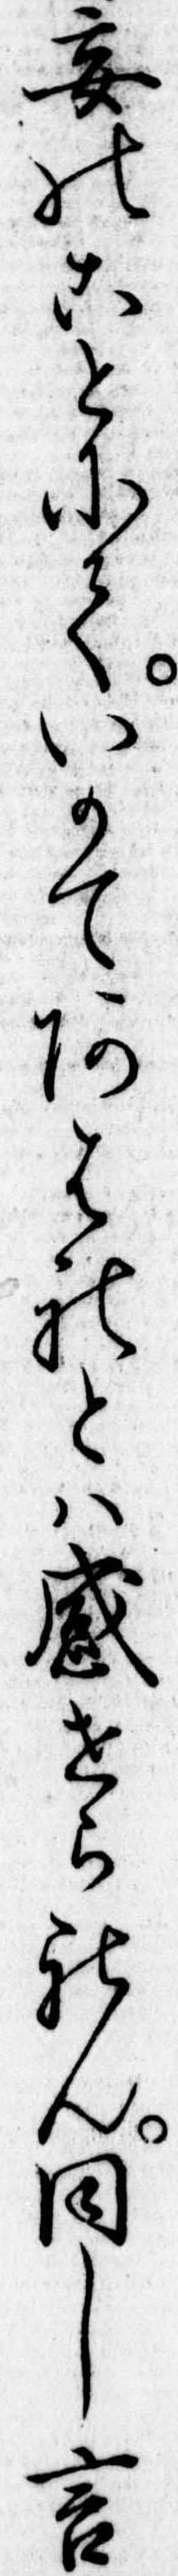
妄のことにていかてあはれとは感せられん同し言